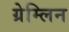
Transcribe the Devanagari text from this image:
ग्रेम्लिन